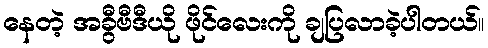
နေတဲ့ အခွီဗီဒီယို ဖိုင်လေးကို ချပြလာခဲ့ပါတယ်။